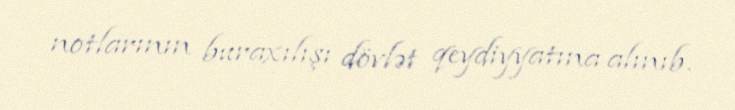
notlarının buraxılışı dövlət qeydiyyatına alınıb.